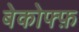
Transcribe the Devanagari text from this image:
बेकोफ्फ़